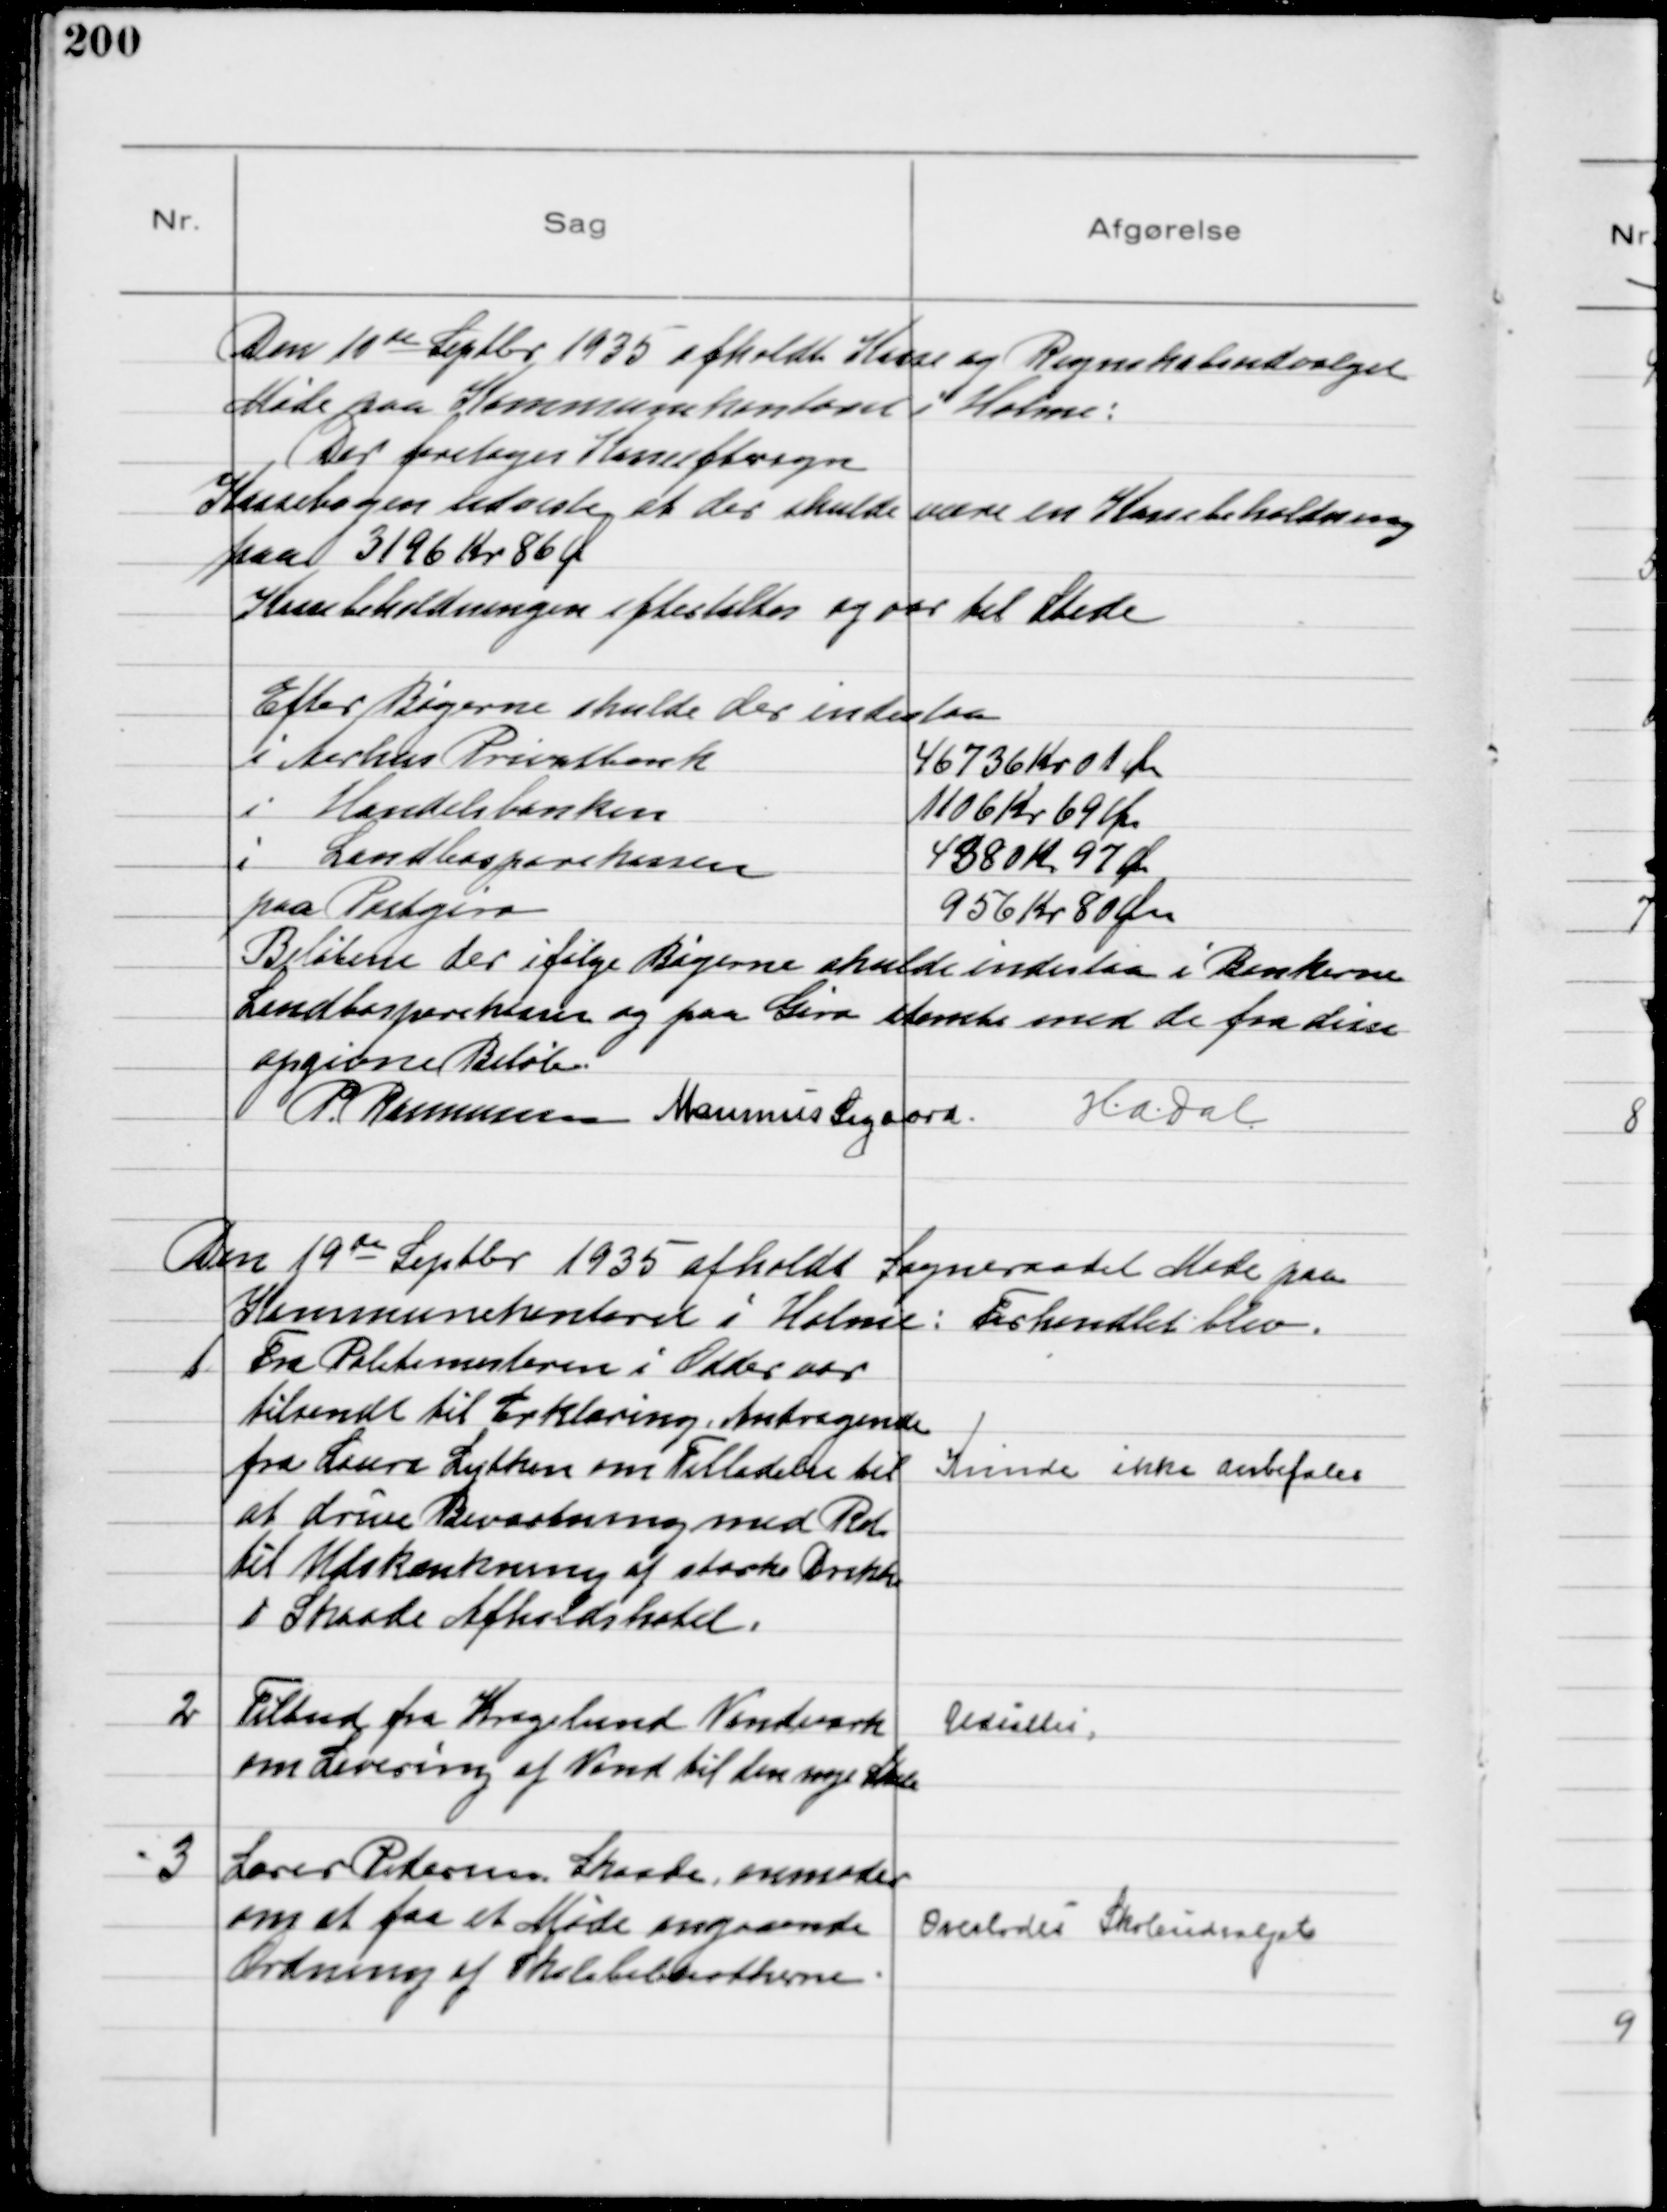
Transskription:
Den 10de Septbr 1935 afholdt Kasse og Regnskabsudvalget
Møde paa Kommunekontoret i Holme:
Der foretoges Kasseeftersyn
Kassebogen udviste at der skulde være en Kassebeholdning
paa 3196 Kr 86 Ø
Kassebeholdningen eftertaltes og var til Stede
Efter Bøgerne skulde der indestaa
i Aarhus Privatbank
46736 Kr 01 Ør
i Handelsbanken
1106 Kr 69 Øre
i Landbosparekassen
4380 Kr 97 Ør
paa Postgiro
956 Kr 80 Øre
Beløbene der ifølge Bøgerne skulde indestaa i Bankerne
Landbosparekassen og paa Giro stemte med de fra disse
opgivne Beløb
P. Rasmussen Marinus Sigaard. H. A. Dal

Den 19de Septbr 1935 afholdt Sogneraadet Møde paa
Kommunekontoret i Holme: Forhandlet blev.
1
Fra Politimesteren i Odder var
tilsendt til Erklæring Andragende
fra Laura Lytken om Tilladelse til
at drive Beværtning med Ret
til Udskænkning af stærke Drikke
i Skaade Afholdshotel.
Kunde ikke anbefales

2
Tilbud fra Kragelund Vandværk
om Levering af Vand til den nye Skole
Udsattes

3
Lærer Pedersen Skaade, anmoder
om at faa et Møde angaaende
Ordning af Skolebibliotekerne
Overlodes Skoleudvalget